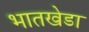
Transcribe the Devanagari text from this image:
भातखेडा